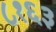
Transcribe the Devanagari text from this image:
८१६३